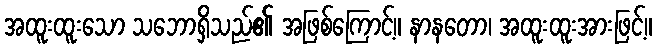
အထူးထူးသော သဘောရှိသည်၏ အဖြစ်ကြောင့်။ နာနတော၊ အထူးထူးအားဖြင့်။